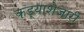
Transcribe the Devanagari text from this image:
कड्याशेजारी